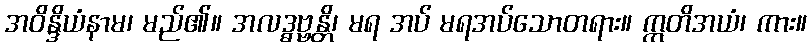
အဝိန္ဒိယံနာမ၊ မည်၏။ အလဒ္ဓဗ္ဗန္တိ၊ မရ အပ် မရအပ်သောတရား။ ဣတိအယံ၊ ကား။